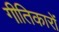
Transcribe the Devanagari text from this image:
गीतिकारों